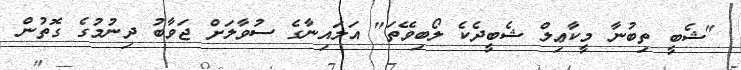
"ޝެބީ ތިބުނާ މީކާޢިލް ޝެބީދެކެ ލޯބިވޭތަ" އަލައިނާގެ ސުވާލަށް ޖަވާބު ދިނުމުގެ ގޮތުން